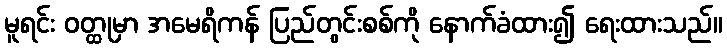
မူရင်း ဝတ္ထုမှာ အမေရိကန် ပြည်တွင်းစစ်ကို နောက်ခံထား၍ ရေးထားသည်။